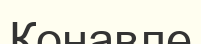
Конавле